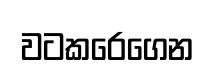
වටකරෙගෙන